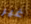
غير